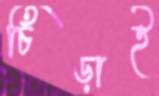
চিঁড়াই